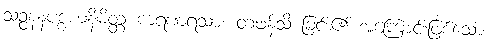
သဉ္စနနပစ္စယနိမိတ္တ ကရဏရသာ။ တဖန်သိ ခြင်း၏ အကြောင်းဖြစ်သော